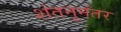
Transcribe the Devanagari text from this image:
शंतनूनंतर